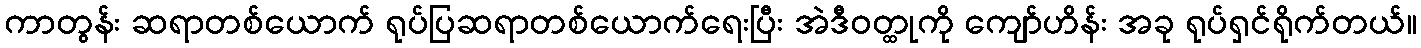
ကာတွန်း ဆရာတစ်ယောက် ရုပ်ပြဆရာတစ်ယောက်ရေးပြီး အဲဒီဝတ္ထုကို ကျော်ဟိန်း အခု ရုပ်ရှင်ရိုက်တယ်။